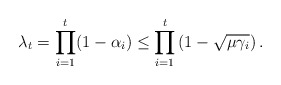
\begin{align*}\lambda_t=\prod_{i=1}^{t}(1-\alpha_i)\leq\prod_{i=1}^{t}\left(1-\sqrt{\mu\gamma_i}\right).\end{align*}